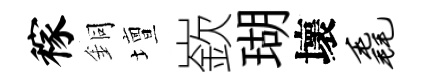
稼銅壇嶔瑚壞毳